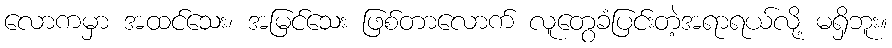
လောကမှာ အထင်သေး၊ အမြင်သေး ဖြစ်တာလောက် လူတွေခံပြင်းတဲ့အရာရယ်လို့ မရှိဘူး။